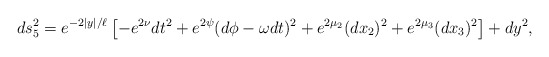
\begin{align*} ds_5^2 = e^{-2|y|/\ell}\left[-e^{2\nu}dt^2 + e^{2\psi}(d\phi-\omega dt)^2 + e^{2\mu_2}(dx_2)^2 + e^{2\mu_3}(dx_3)^2\right] + dy^2,\end{align*}